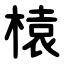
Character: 榬